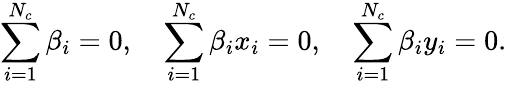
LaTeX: \sum_{i=1}^{N_{c}}\beta_{i}=0,\quad\sum_{i=1}^{N_{c}}\beta_{i}x_{i}=0,\quad\sum_{i=1}^{N_{c}}\beta_{i}y_{i}=0.